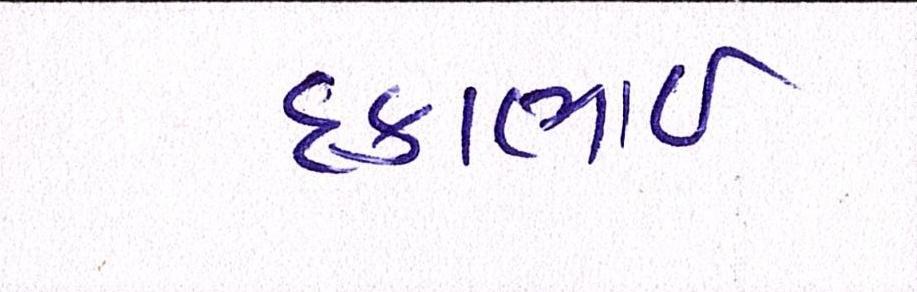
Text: દકાભાઈ